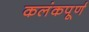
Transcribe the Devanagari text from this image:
कलंकपूर्ण